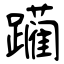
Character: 躏